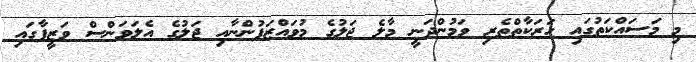
މި މަސައްކަތުގައި ހަރަކާތްތެރި ވަމުންދަނީ މާލެ ޖަލުގެ މުވައްޒަފުންނާއި ޖަލުގެ އެލަވަންސް ވަޒީފާގައި